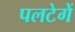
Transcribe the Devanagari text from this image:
पलटेगें